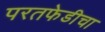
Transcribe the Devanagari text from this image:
परतफेडीचा